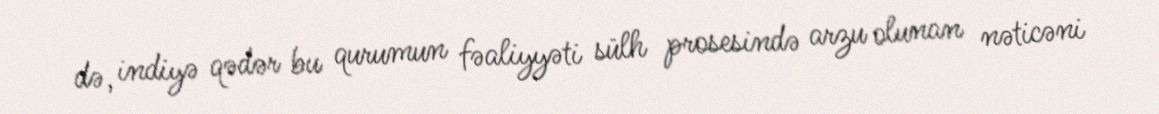
də, indiyə qədər bu qurumun fəaliyyəti sülh prosesində arzu olunan nəticəni